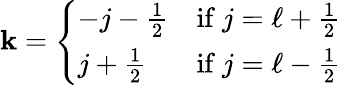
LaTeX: \mathbf{k}={\left\{ \begin{array}{ll}{-j-{\frac{1}{2}}}&{{\mathrm{if~}}j=\ell+{\frac{1}{2}}}\\ {j+{\frac{1}{2}}}&{{\mathrm{if~}}j=\ell-{\frac{1}{2}}}\end{array}\right.}